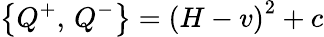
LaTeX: \left\{ Q^{+},\, Q^{-}\right\} =\left(H-v\right)^{2}+c